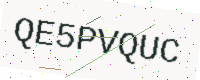
Text: QE5PVQUC